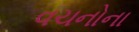
વચનોના